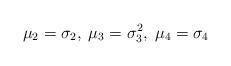
LaTeX: \begin{align*}\mu_2 = \sigma_2, \; \mu_3 = \sigma^2_3, \; \mu_4 = \sigma_4\end{align*}